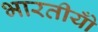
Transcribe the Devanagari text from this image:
भारतीयोँ